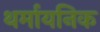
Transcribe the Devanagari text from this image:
थर्मायनिक